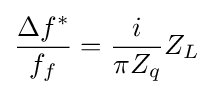
{\frac {\Delta f^{*}}{f_{f}}}={\frac {i}{\pi Z_{q}}}Z_{L}